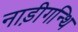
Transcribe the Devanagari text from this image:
नाड़ीगन्थि